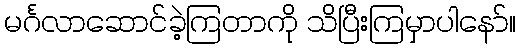
မင်္ဂလာဆောင်ခဲ့ကြတာကို သိပြီးကြမှာပါနော်။